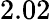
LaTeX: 2.02